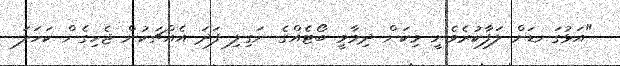
"އަޅުގަނޑަށް ލަފާކުރެވެނީ މިކަން ދިމާވީ ބޯޓެއްގެ ނަގިލި ފަދަ އެއްޗަކުން ޖެހިގެން ކަހަލަ